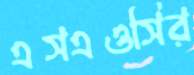
এসএওসির